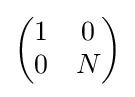
{\begin{pmatrix}1&0\\0&N\end{pmatrix}}